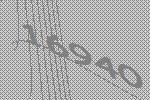
16940